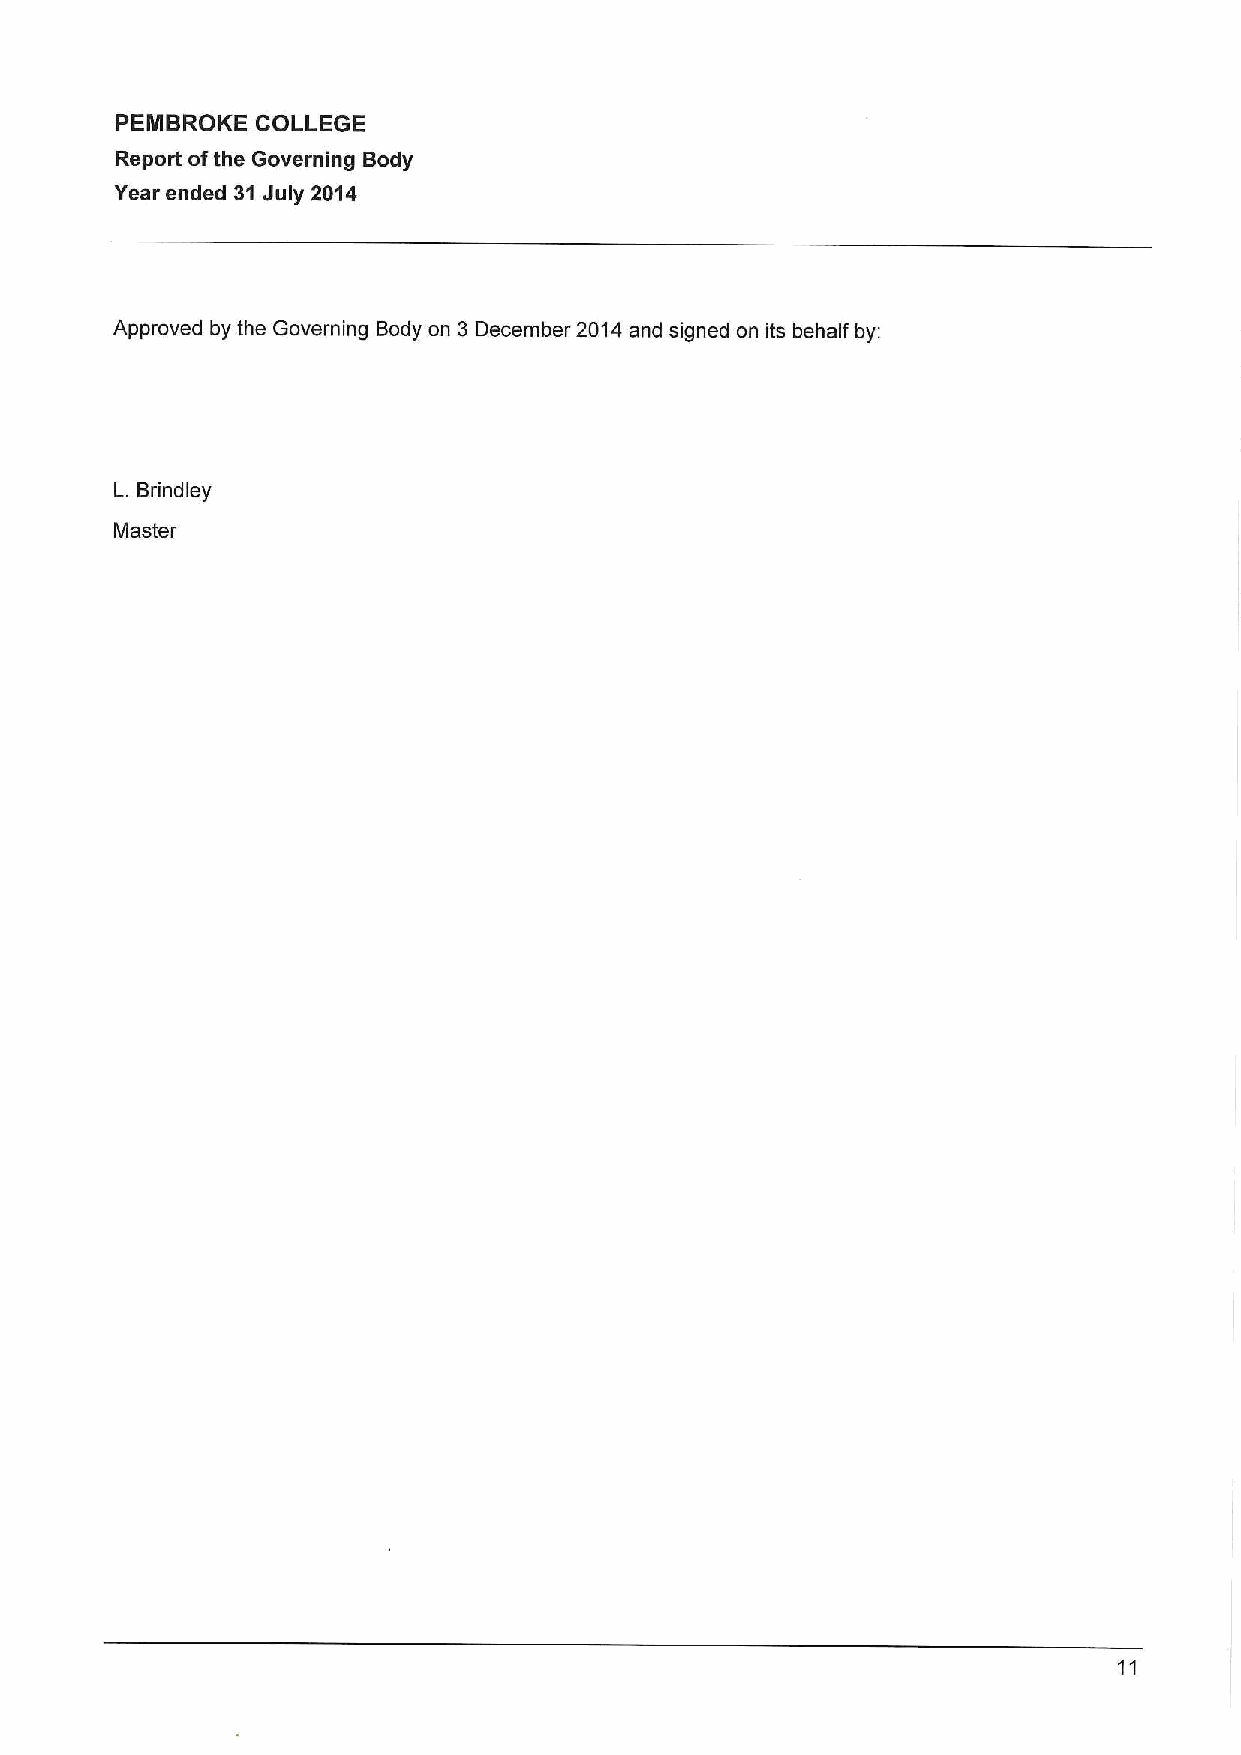
PEMBROKE COLLEGE
 Report ofthe Governing Body
 Year ended 31July 2014
 Approved by the Governing Body on 3 December 2014and signed on its behalf by:
 L. Brindley
 Master